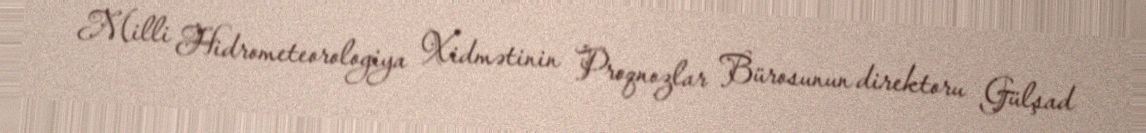
Milli Hidrometeorologiya Xidmətinin Proqnozlar Bürosunun direktoru Gülşad